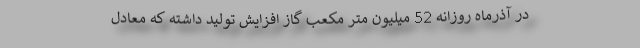
در آذرماه روزانه 52 میلیون متر مکعب گاز افزایش تولید داشته که معادل